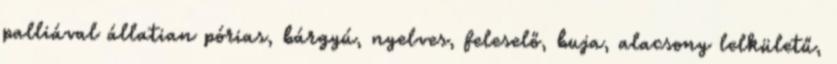
palliával állatian pórias, bárgyú, nyelves, feleselő, buja, alacsony lelkületű,